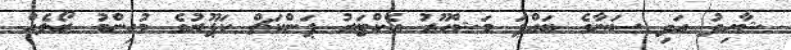
ޝާހިދު އަދި ސަނާގެ ބައްޕަ މަޝްހޫރު އެކްޓަރު ޕަންކަޗް ކަޕޫރުގެ މުހިންމު ރޯލެއް